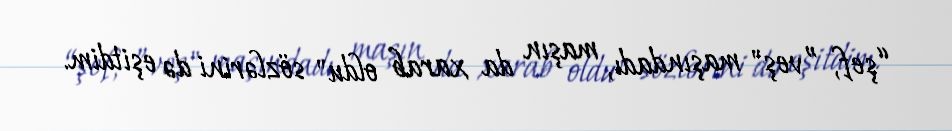
“şef, ”veş" maşındadı, maşın da xarab oldu" sözlərini də eşitdim.